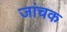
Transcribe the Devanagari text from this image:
जांचक